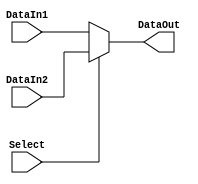
`timescale 1ns / 1ps
//////////////////////////////////////////////////////////////////////////////////
// Company: 
// Engineer: 
// 
// Design Name: 
// Module Name: Mux_TwoToOneReg
// Project Name: 
// Target Devices: 
// Tool Versions: 
// Description: 
// 
// Dependencies: 
// 
// Revision:
// Revision 0.01 - File Created
// Additional Comments:
// 
//////////////////////////////////////////////////////////////////////////////////


module Mux_TwoToOneReg( Select, DataIn1, DataIn2, DataOut );

    input Select;
    input [4:0] DataIn1;
    input [4:0] DataIn2;
    output reg [4:0] DataOut;

    always@( Select or DataIn1 or DataIn2 ) begin
        if ( Select == 0 )
            DataOut = DataIn1;
        else
            DataOut = DataIn2;
    end

endmodule